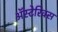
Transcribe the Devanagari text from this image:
अॅस्टेरिक्स